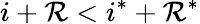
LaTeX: i+\mathcal{R}<i^{*}+\mathcal{R}^{*}